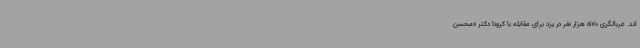
اند. غربالگری 570 هزار نفر در یزد برای مقابله با کرونا دکتر «محسن